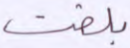
بلغت